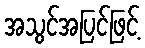
အသွင်အပြင်ဖြင့်